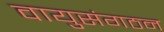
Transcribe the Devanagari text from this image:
वायुसंगठन